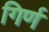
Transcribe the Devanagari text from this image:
गिर्ण